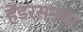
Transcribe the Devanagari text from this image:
हेंडरसनचा